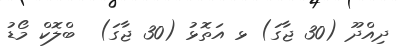
ދިއްދޫ (30 ޖާގަ) ޅ އަތޮޅު (30 ޖާގަ)  ބްލޮކް މޯޑު